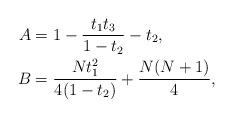
LaTeX: \begin{align*}A&= 1 - \frac{t_1 t_3}{1 - t_2} - t_2, \\B&= \frac{Nt_1^2}{4(1-t_2)} + \frac{N(N+1)}{4},\end{align*}